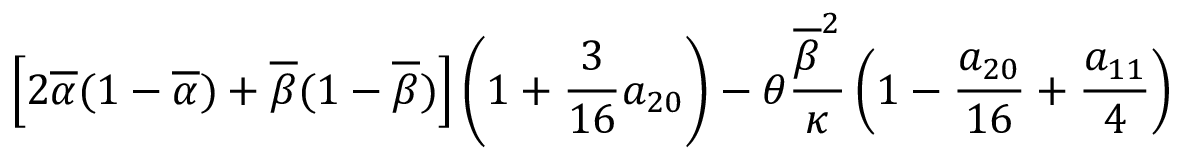
\displaystyle { \left[ 2 \overline { { \alpha } } ( 1 - \overline { { \alpha } } ) + \overline { { \beta } } ( 1 - \overline { { \beta } } ) \right] \left( 1 + \frac { 3 } { 1 6 } a _ { 2 0 } \right) - \theta \frac { \overline { { \beta } } ^ { 2 } } { \kappa } \left( 1 - \frac { a _ { 2 0 } } { 1 6 } + \frac { a _ { 1 1 } } { 4 } \right) }